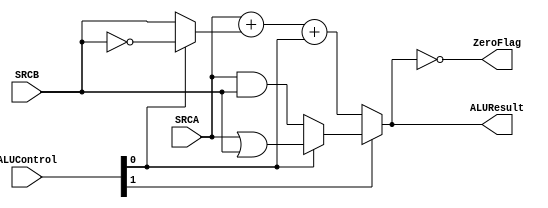
module ALU(ALUResult, ZeroFlag, SRCA, SRCB, ALUControl);
    
    output[31:0] ALUResult;
    output ZeroFlag;
    
    input[31:0] SRCA;
    input[31:0] SRCB;
    
    // ALU_CONTROL[0] determines wheater to perform ADDITION or SUBTRACTION if Arithmatic, AND or OR if Logical
    // ALU_CONTROL[1] determines wheater to perform Arithmatic or Logical operation
    input[1:0] ALUControl;
    
    wire[31:0] A_and_B;
    wire[31:0] A_or_B;
    wire[31:0] not_B;
    wire[31:0] mux;
    
    wire[31:0] arithmatic;
    wire[31:0] logical;
    
    wire add_or_sub             = ALUControl[0];
    wire and_or_or              = ALUControl[0];
    wire arithmatic_or_logical  = ALUControl[1];

    
    assign A_and_B      = SRCA & SRCB;
    assign A_or_B       = SRCA | SRCB;
    assign not_B        = ~SRCB;
    assign mux          = (add_or_sub  == 1'b0) ? SRCB : not_B;
    
    // when sub is being performed mux becomes ~B,
    // because of the nature of 2's compliment ~B equals -B - 1
    // thus subtraction can be written as A - B => A + (-B) => A + (~B + 1) => A + ~B + 1
    assign arithmatic   = SRCA + mux + add_or_sub;
    assign logical      = (and_or_or == 1'b0) ? A_and_B : A_or_B;
    
    assign ALUResult = (arithmatic_or_logical == 1'b0) ? arithmatic : logical;
    assign ZeroFlag = ALUResult == 32'b0;
    
endmodule